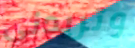
وتريدني